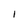
Character: I